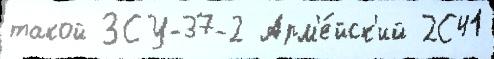
такой ЗСУ-37-2 Арм'е́йск'ий 2С41